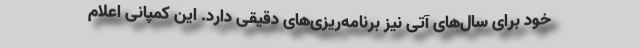
خود برای سال‌های آتی نیز برنامه‌ریزی‌های دقیقی دارد. این کمپانی اعلام